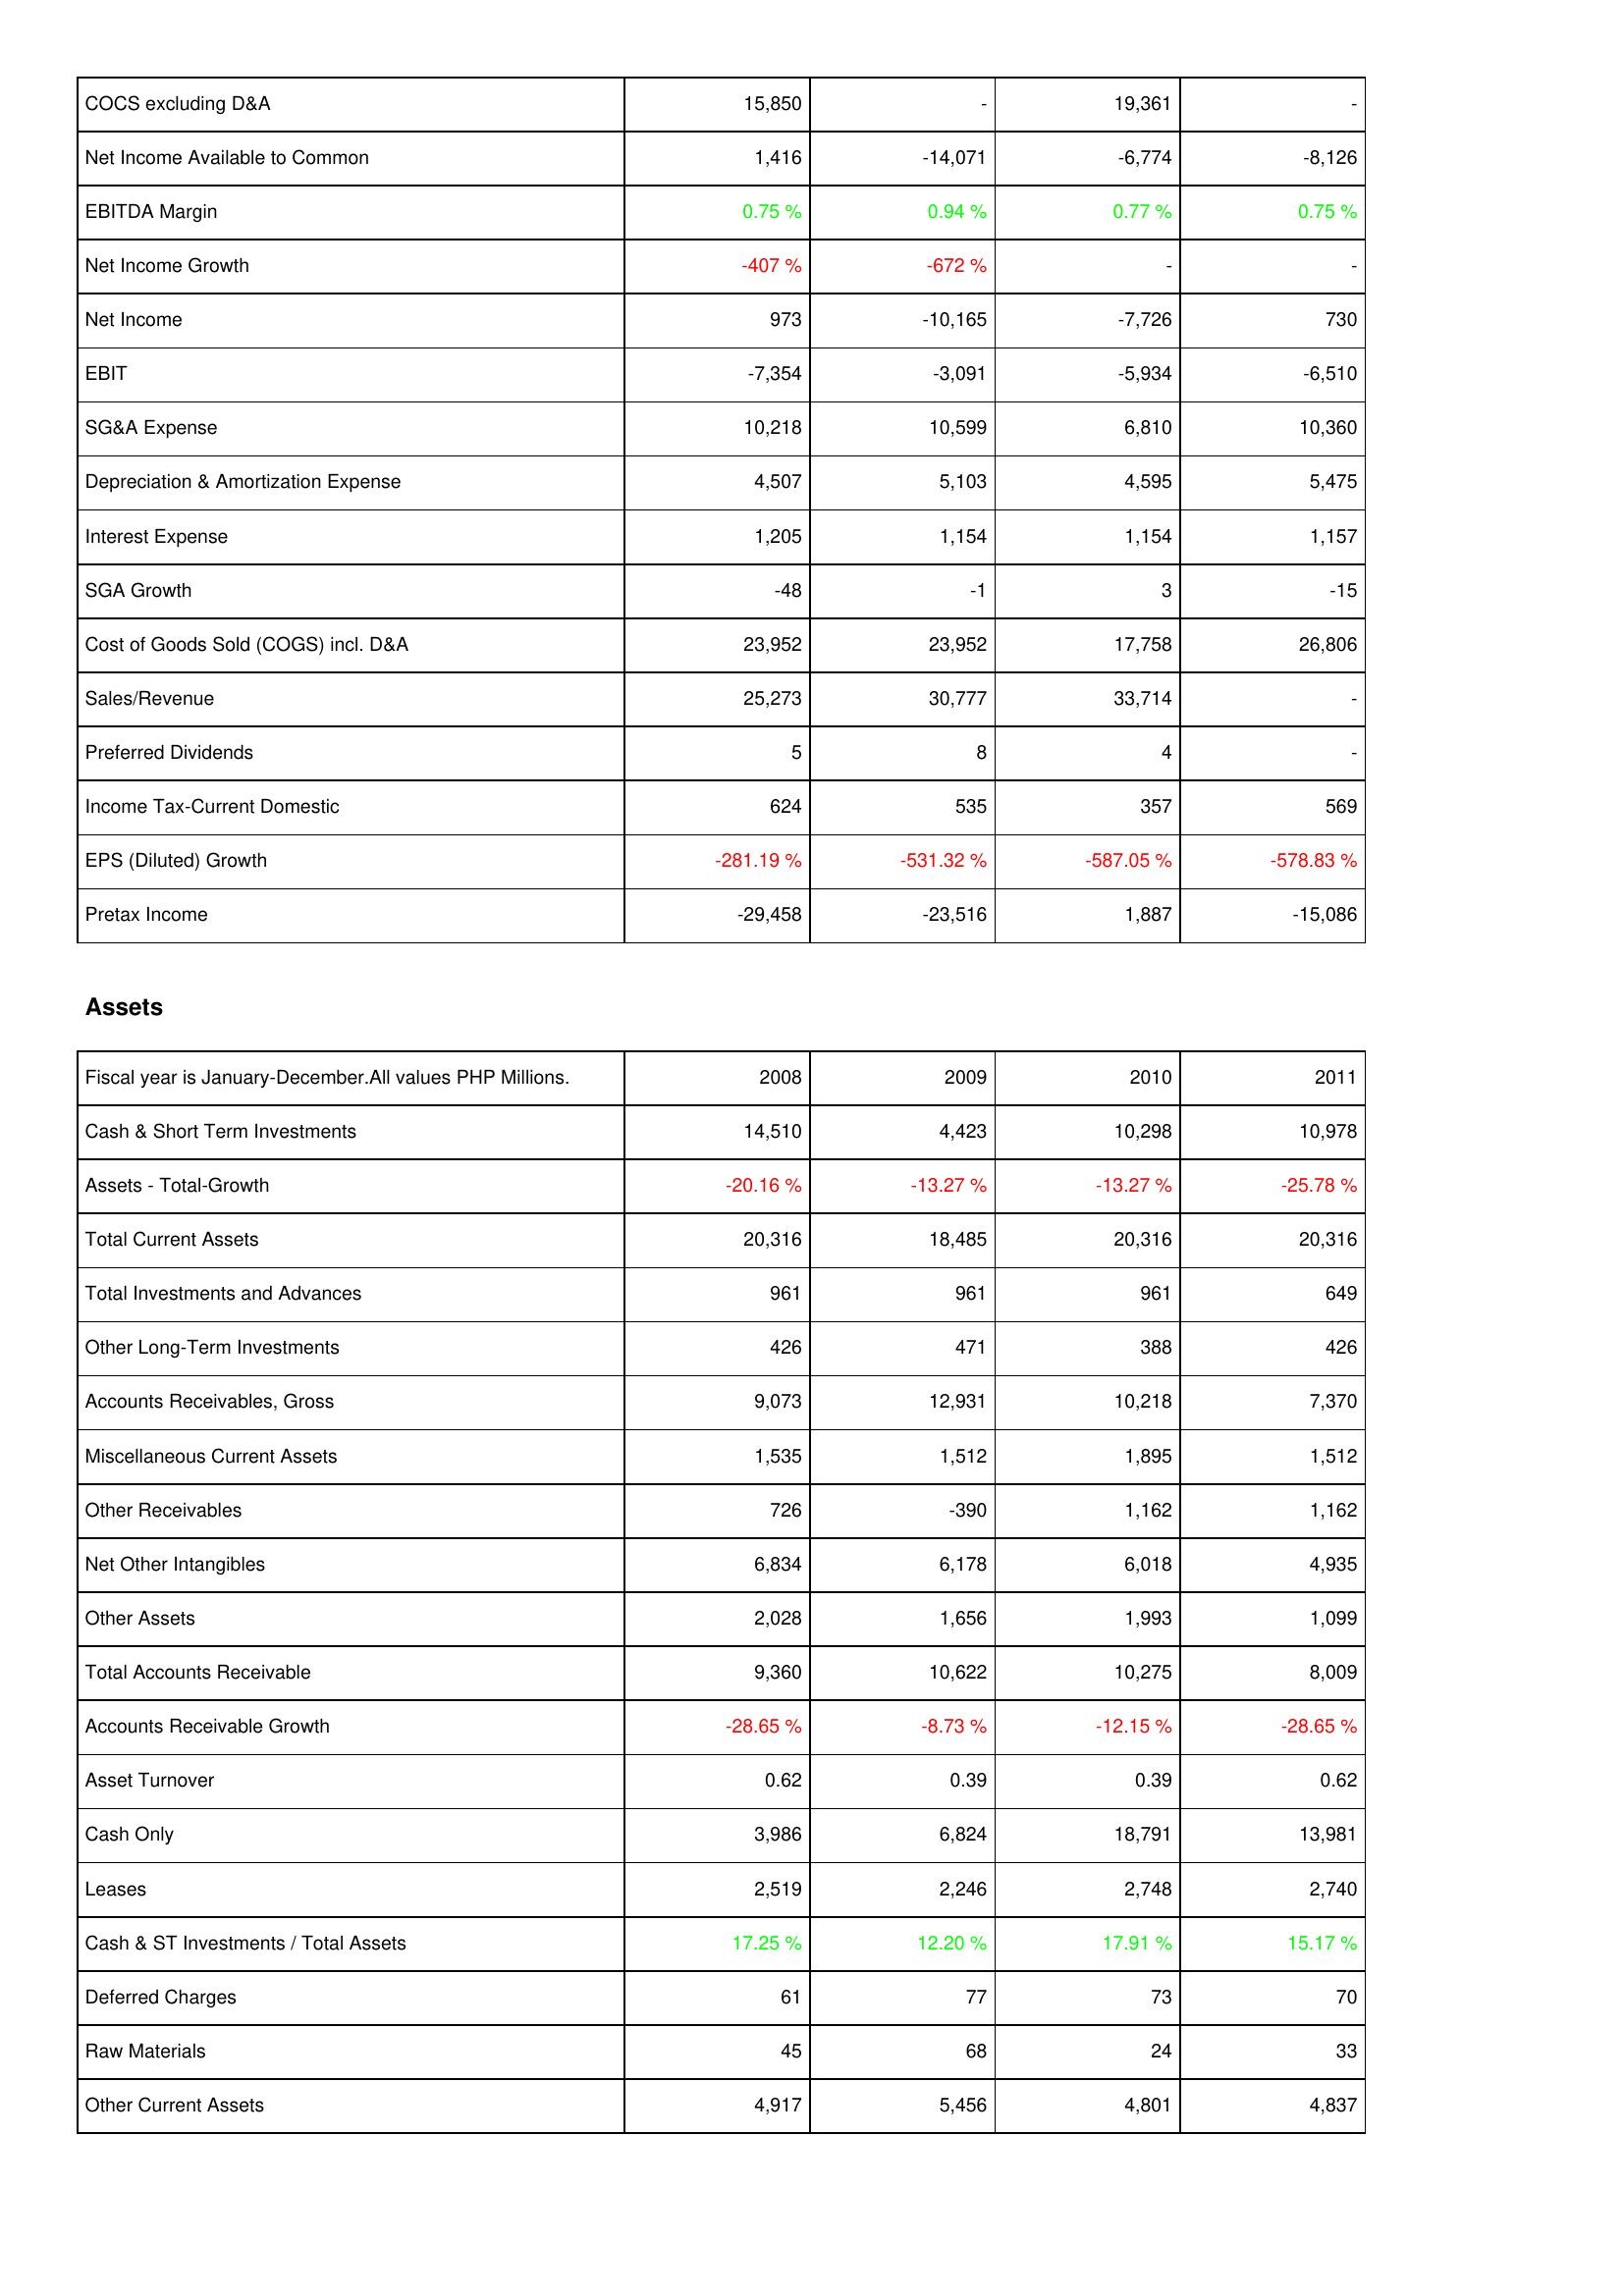
2008: Income Statement: COCS excluding D&A: 15,850
Net Income Available to Common: 1,416
EBITDA Margin: 0.75 %
Net Income Growth: -407 %
Net Income: 973
EBIT: -7,354
SG&A Expense: 10,218
Depreciation & Amortization Expense: 4,507
Interest Expense: 1,205
SGA Growth: -48
Cost of Goods Sold (COGS) incl. D&A: 23,952
Sales/Revenue: 25,273
Preferred Dividends: 5
Income Tax-Current Domestic: 624
EPS (Diluted) Growth: -281.19 %
Pretax Income: -29,458
Assets: Cash & Short Term Investments: 14,510
Assets - Total-Growth: -20.16 %
Total Current Assets: 20,316
Total Investments and Advances: 961
Other Long-Term Investments: 426
Accounts Receivables, Gross: 9,073
Miscellaneous Current Assets: 1,535
Other Receivables: 726
Net Other Intangibles: 6,834
Other Assets: 2,028
Total Accounts Receivable: 9,360
Accounts Receivable Growth: -28.65 %
Asset Turnover: 0.62
Cash Only: 3,986
Leases: 2,519
Cash & ST Investments / Total Assets: 17.25 %
Deferred Charges: 61
Raw Materials: 45
Other Current Assets: 4,917
2009: Income Statement: COCS excluding D&A: -
Net Income Available to Common: -14,071
EBITDA Margin: 0.94 %
Net Income Growth: -672 %
Net Income: -10,165
EBIT: -3,091
SG&A Expense: 10,599
Depreciation & Amortization Expense: 5,103
Interest Expense: 1,154
SGA Growth: -1
Cost of Goods Sold (COGS) incl. D&A: 23,952
Sales/Revenue: 30,777
Preferred Dividends: 8
Income Tax-Current Domestic: 535
EPS (Diluted) Growth: -531.32 %
Pretax Income: -23,516
Assets: Cash & Short Term Investments: 4,423
Assets - Total-Growth: -13.27 %
Total Current Assets: 18,485
Total Investments and Advances: 961
Other Long-Term Investments: 471
Accounts Receivables, Gross: 12,931
Miscellaneous Current Assets: 1,512
Other Receivables: -390
Net Other Intangibles: 6,178
Other Assets: 1,656
Total Accounts Receivable: 10,622
Accounts Receivable Growth: -8.73 %
Asset Turnover: 0.39
Cash Only: 6,824
Leases: 2,246
Cash & ST Investments / Total Assets: 12.20 %
Deferred Charges: 77
Raw Materials: 68
Other Current Assets: 5,456
2010: Income Statement: COCS excluding D&A: 19,361
Net Income Available to Common: -6,774
EBITDA Margin: 0.77 %
Net Income Growth: -
Net Income: -7,726
EBIT: -5,934
SG&A Expense: 6,810
Depreciation & Amortization Expense: 4,595
Interest Expense: 1,154
SGA Growth: 3
Cost of Goods Sold (COGS) incl. D&A: 17,758
Sales/Revenue: 33,714
Preferred Dividends: 4
Income Tax-Current Domestic: 357
EPS (Diluted) Growth: -587.05 %
Pretax Income: 1,887
Assets: Cash & Short Term Investments: 10,298
Assets - Total-Growth: -13.27 %
Total Current Assets: 20,316
Total Investments and Advances: 961
Other Long-Term Investments: 388
Accounts Receivables, Gross: 10,218
Miscellaneous Current Assets: 1,895
Other Receivables: 1,162
Net Other Intangibles: 6,018
Other Assets: 1,993
Total Accounts Receivable: 10,275
Accounts Receivable Growth: -12.15 %
Asset Turnover: 0.39
Cash Only: 18,791
Leases: 2,748
Cash & ST Investments / Total Assets: 17.91 %
Deferred Charges: 73
Raw Materials: 24
Other Current Assets: 4,801
2011: Income Statement: COCS excluding D&A: -
Net Income Available to Common: -8,126
EBITDA Margin: 0.75 %
Net Income Growth: -
Net Income: 730
EBIT: -6,510
SG&A Expense: 10,360
Depreciation & Amortization Expense: 5,475
Interest Expense: 1,157
SGA Growth: -15
Cost of Goods Sold (COGS) incl. D&A: 26,806
Sales/Revenue: -
Preferred Dividends: -
Income Tax-Current Domestic: 569
EPS (Diluted) Growth: -578.83 %
Pretax Income: -15,086
Assets: Cash & Short Term Investments: 10,978
Assets - Total-Growth: -25.78 %
Total Current Assets: 20,316
Total Investments and Advances: 649
Other Long-Term Investments: 426
Accounts Receivables, Gross: 7,370
Miscellaneous Current Assets: 1,512
Other Receivables: 1,162
Net Other Intangibles: 4,935
Other Assets: 1,099
Total Accounts Receivable: 8,009
Accounts Receivable Growth: -28.65 %
Asset Turnover: 0.62
Cash Only: 13,981
Leases: 2,740
Cash & ST Investments / Total Assets: 15.17 %
Deferred Charges: 70
Raw Materials: 33
Other Current Assets: 4,837